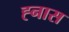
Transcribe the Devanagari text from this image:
ह्नास